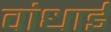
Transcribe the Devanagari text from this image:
वांधाई